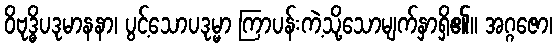
ဝိဗုဒ္ဓိပဒုမာနနာ၊ ပွင့်သောပဒုမ္မာ ကြာပန်းကဲ့သို့သောမျက်နှာရှိ၏။ အဂ္ဂဇော၊